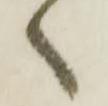
ヽ